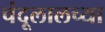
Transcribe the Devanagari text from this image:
चंदूलालच्या